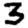
Digit: 3